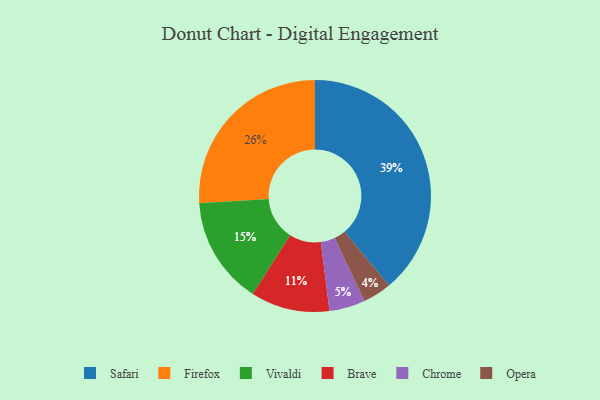
{"axis": {"x": "Category", "y": "Percentage"}, "legend": ["Brave", "Chrome", "Firefox", "Opera", "Safari", "Vivaldi"], "data": [{"x": "Opera", "y": 4, "type": "Opera"}, {"x": "Firefox", "y": 26, "type": "Firefox"}, {"x": "Brave", "y": 11, "type": "Brave"}, {"x": "Chrome", "y": 5, "type": "Chrome"}, {"x": "Safari", "y": 39, "type": "Safari"}, {"x": "Vivaldi", "y": 15, "type": "Vivaldi"}]}